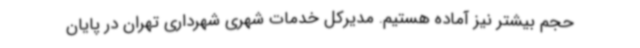
حجم بیشتر نیز آماده هستیم. مدیرکل خدمات شهری شهرداری تهران در پایان